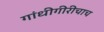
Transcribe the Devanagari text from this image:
गांधीगीरीचाच